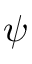
\psi